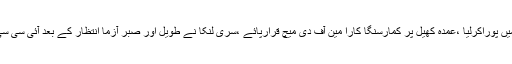
سری لنکا نے 131رنز کا ہدف 18ویں اوور میں پوراکرلیا ،عمدہ کھیل پر کمارسنگا کارا مین آف دی میچ قرارپائے ،سری لنکا نے طویل اور صبر آزما انتظار کے بعد آئی سی سی کا بین الاقوامی ایونٹ پہلی مرتبہ جیت ہی لیا۔